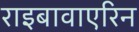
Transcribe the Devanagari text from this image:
राइबावाएरिन